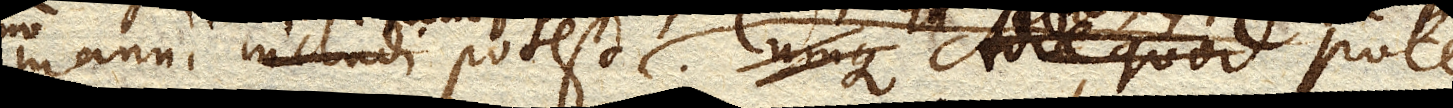
manui includi potest Cumque Adde quod Potest